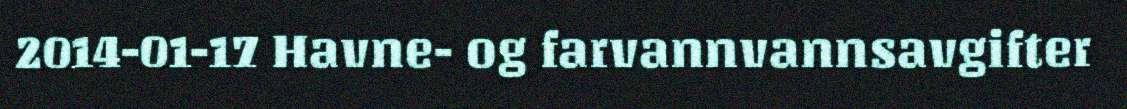
2014-01-17 Havne- og farvannvannsavgifter